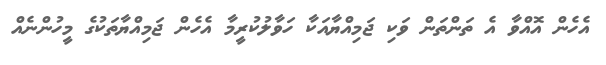
އެހެން އޮއްވާ އެ ތަންތަން ވަކި ޖަމިއްޔާއަކާ ހަވާލުކުރީމާ އެހެން ޖަމިއްޔާތަކުގެ މީހުންނެއް